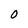
Character: 0